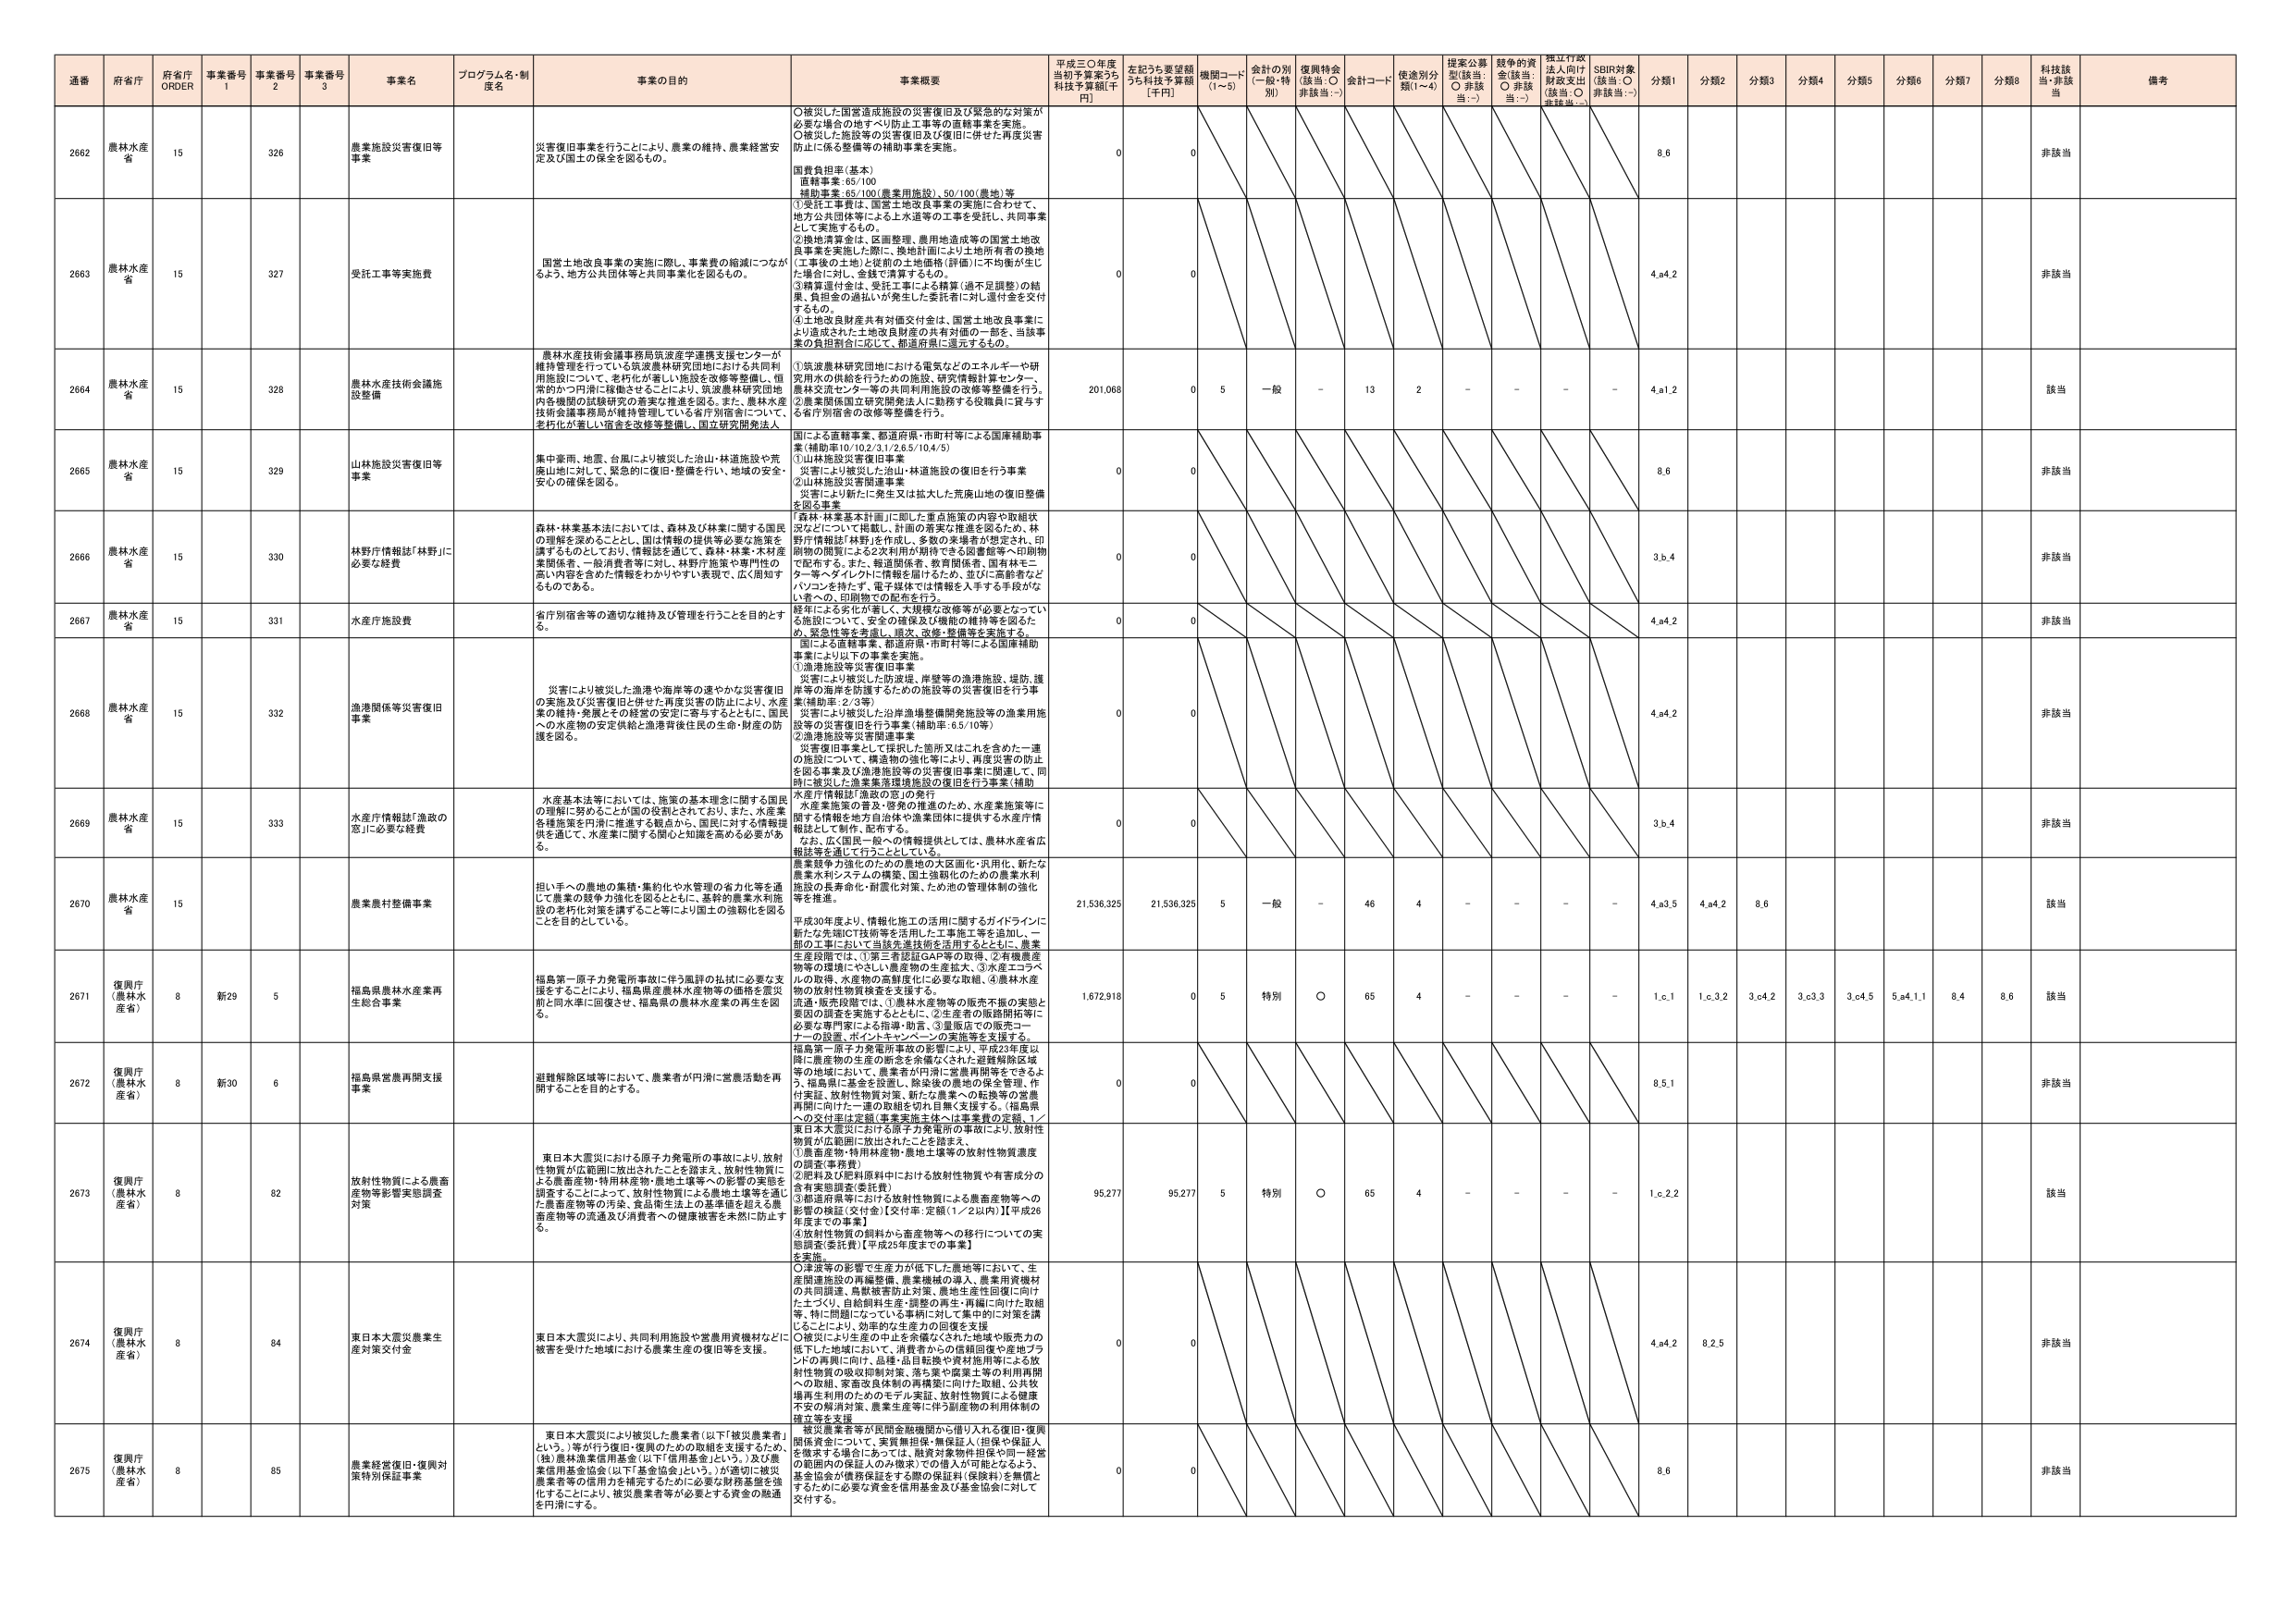
通番 府省庁 府省庁 ORDER 事業番号 1 事業番号 2 事業番号 3 事業名 プログラム名・制度名 事業の目的 事業概要 平成三〇年度 当初予算案うち 科技予算額[千円] 左記うち要望額 うち科技予算額 [千円] 機関コード (1~5) 会計の別 (一般・特別) 復興特会 (該当:○ 非該当:－) 会計コード 使途別分類(1~4) 提案公募型(該当:○ 非該当:－) 競争的資金(該当:○ 非該当:－) 指定行政法人向け財政支出(該当:○ 非該当:－) SDBR対象(該当:○ 非該当:－) 分類1 分類2 分類3 分類4 分類5 分類6 分類7 分類8 科技該当 備考

2662 農林水産省 15 326 農業施設災害復旧等事業 災害復旧事業を行うことにより、農業の維持、農業経営安定及び国土の保全を図るもの。 ○被災した国営造成施設の災害復旧及び緊急的な対策が必要な場合の地すべり防止工事等の直轄事業を実施。 ○被災した施設等の災害復旧及び復旧に併せた再度災害防止に係る整備等の補助事業を実施。 国費負担率（基本） 直轄事業：65/100 補助事業：65/100（農業用施設）、50/100（農地）等 0 0 8.6 非該当

2663 農林水産省 15 327 受託工事等実施費 国営土地改良事業の実施に際し、事業費の総額につながるよう、地方公共団体等と共同事業化を図るもの。 ①受託工事費は、国営土地改良事業の実施に合わせて、地方公共団体等による上水道等の工事を受託し、共同事業として実施するもの。 ②換地清算金は、区画整理、農用地造成等の国営土地改良事業を実施した際に、換地計画により土地所有者の換地（工事後の土地）と従前の土地価格（評価）に不均衡が生じた場合に対し、金銭で清算するもの。 ③精算還付金は、受託工事による精算（過不足調整）の結果、負担金の過払いが発生した委託者に対し還付金を交付するもの。 ④土地改良財産共有対価交付金は、国営土地改良事業により造成された土地改良財産の共有対価の一部を、当該事業の負担割合に応じて、都道府県に還元するもの。 0 0 4.a4.2 非該当

2664 農林水産省 15 328 農林水産技術会議施設整備 農林水産技術会議事務局筑波産学連携支援センターが維持管理を行っている筑波農林研究団地における共同利用施設について、老朽化が著しい施設を改修等整備し、恒常的かつ円滑に稼働させることにより、筑波農林研究団地内各機関の試験研究の着実な推進を図る。また、農林水産技術会議事務局が維持管理している省庁別宿舎について、老朽化が著しい宿舎を改修等整備し、国立研究開発法人 ①筑波農林研究団地における電気などのエネルギーや研究用次の供給を行うための施設、研究情報計算センター、農林水産センター等の共同利用施設の改修等整備を行う。 ②農業関係国立研究開発法人に勤務する役職員に貸与する省庁別宿舎の改修等整備を行う。 201,068 0 5 一般 - 13 2 - - - - 4.a1.2 該当

2665 農林水産省 15 329 山林施設災害復旧等事業 集中豪雨、地震、台風により被災した治山・林道施設や荒廃山地に対して、緊急的に復旧・整備を行い、地域の安全・安心の確保を図る。 国による直轄事業、都道府県・市町村等による国庫補助事業（補助率10/10.2/3.1/2.6.5/10.4/5） ①山林施設災害復旧事業 災害により被災した治山・林道施設の復旧を行う事業 ②山林施設災害関連事業 災害により新たに発生又は拡大した荒廃山地の復旧整備を図る事業 0 0 8.6 非該当

2666 農林水産省 15 330 野野庁情報誌「林野」に必要な経費 森林・林業基本法においては、森林及び林業に関する国民の理解を深めることと、国は情報の提供等必要な施策を講ずるものとしており、情報誌を通じて、森林・林業・木材産業関係者、一般消費者等に対し、林野庁施策や専門性の高い内容を含めた情報をわかりやすく表現で、広く周知するものである。 「森林・林業基本計画」に即した重点施策の内容や取組状況などについて掲載し、計画の着実な推進を図るため、林野庁情報誌「林野」を作成し、多数の来場者が想定され、印刷物の閲覧による2次利用が期待できる図書館等へ印刷物で配布する。また、報道関係者、教育関係者、国有林モニター等・ダイレクトに情報を届けるため、並びに高齢者などパソコンを持たず、電子媒体では情報は入手する手段がない者への、印刷物での配布を行う。 0 0 3.b.4 非該当

2667 農林水産省 15 331 水産庁施設費 省庁別宿舎等の適切な維持及び管理を行うことを目的とする。 経年による劣化が著しく、大規模な改修等が必要となってい る施設について、安全の確保及び機能の維持等を図るため、更新・改修・整備等を実施する。 国による直轄事業、都道府県・市町村等による国庫補助事業により以下の事業を実施。 0 0 4.a4.2 非該当

2668 農林水産省 15 332 漁港関係等災害復旧事業 災害により被災した漁港や海岸等の速やかな災害復旧の実施及び災害復旧と併せた再度災害の防止により、水産業の維持・発展とその経営の安定に寄与するとともに、国民への水産物の安定供給と漁港背後住民の生命・財産の防護を図る。 ①漁港施設等災害復旧事業 災害により被災した防波堤、岸壁等の漁港施設、堤防、護岸等の海岸を防護するための施設等の災害復旧を行う事業（補助率：2/3等） 災害により被災した沿岸漁場整備開発施設等の漁業用施設等の災害復旧を行う事業（補助率：6.5/10等） ②漁港施設等災害関連事業 災害復旧事業として採択した箇所又はこれと含めた一連の施設について、構造物の強化等により、再度災害の防止を図る事業及び漁港施設等の災害復旧事業に関連して、同別に被災した漁業集落環境施設の復旧を行う事業（補助 0 0 4.a4.2 非該当

2669 農林水産省 15 333 水産庁情報誌「漁政の窓」に必要な経費 水産基本法等においては、施策の基本理念に関する国民の理解に努めることが国の役割とされており、また、水産業各種施策を円滑に推進する観点から、国民に対する情報提供を通じて、水産業に関する関心と知識を高める必要がある。 水産庁情報誌「漁政の窓」の発行 水産業施策の普及・啓発の推進のため、水産業施策等に関する情報を地方自治体や漁業団体に提供する水産庁情報誌として制作、配布する。 なお、広く国民一般への情報提供としては、農林水産省広報誌等を通じて行うこととしている。 0 0 3.b.4 非該当

2670 農林水産省 15 農業農村整備事業 担い手への農地の集積・集約化や水管理の省力化等を通じて農業の競争力強化を図るとともに、基幹的農業水利施設の老朽化対策を講ずること等により国土の強靭化を図ることを目的としている。 農業競争力強化のための農地の大区画化・汎用化、新たな農業水利システムの構築、国土強靭化のための農業水利施設の長寿命化・耐震化対策、ため池の管理体制の強化等を推進。 平成30年度より、情報化施工の活用に関するガイドラインに新たな先端ICT技術等を活用した工事施工等を追加し、一部の工事において当該先進技術を活用するとともに、農業生産段階では、①第三者認証GAP等の取得 ②有機農産物等の環境にやさしい農産物の生産拡大、③水産工コラベルの取得、水産物の高鮮度化に必要な取組、④農林水産物の放射性物質検査を支援する。 流通・販売段階では、①農林水産物等の販売不振の要因と要因の調査を実施するとともに、②生産者の販路開拓等に必要な専門家による指導・助言、③量販店での販売コーナーの設置、ポイントキャンペーンの実施等を支援する。 21,536,325 21,536,325 5 一般 - 46 4 - - - - 4.a3.5 4.a4.2 8.6 該当

2671 復興庁（農林水産省） 8 新29 5 福島県農林水産業再生総合事業 福島第一原子力発電所事故に伴う風評の払拭に必要な支援をすることにより、福島県産農林水産物等の価格を農災前と同水準に回復させ、福島県の農林水産業の再生を図る。 1,672,918 0 5 特別 ○ 65 4 - - - - 1.c.1 1.c.3.2 3.c4.2 3.c3.3 3.c4.5 5.a4.1.1 8.4 8.6 該当

2672 復興庁（農林水産省） 8 新30 6 福島県営農再開支援事業 避難解除区域等において、農業者が円滑に営農活動を再開することを目的とする。 福島第一原子力発電所事故の影響により、平成23年度以降に農産物の生産の断念を余儀なくされた避難解除区域等の地域において、農業者が円滑に営農再開等をできるよう、福島県に基金を設置し、除染後の農地の保全管理、作付委託、放射性物質対策、新たな農業への転換等の営農再開に向けた一連の取組を切れ目無く支援する。（福島県への交付金は定額（事業実施主体へは事業費の定額）） 0 0 8.5.1 非該当

2673 復興庁（農林水産省） 8 82 放射性物質による農畜産物等影響実態調査対策 東日本大震災における原子力発電所の事故により、放射性物質が広範囲に放出されたことを踏まえ、放射性物質による農畜産物・特用林産物・農地土壌等への影響の実態を調査することによって、放射性物質による農地土壌等を含めた農畜産物等の汚染、食品衛生法上の基準値を超える農畜産物等の流通及び消費者への健康被害を未然に防止する。 東日本大震災における原子力発電所の事故により、放射性物質が広範囲に放出されたことを踏まえ、 ①農畜産物・特用林産物・農地土壌等の放射性物質濃度の調査（事務費） ②肥料及び肥料原料中における放射性物質や有害成分の含有実態調査（委託費） ③都道府県等における放射性物質による農畜産物等への影響の検査（交付金）【交付率：定額（1／2以内）】「平成26年度までの事業」 ④放射性物質の飼料から畜産物等への移行についての実態調査（委託費）【平成25年度までの事業】 を実施。 95,277 95,277 5 特別 ○ 65 4 - - - - 1.c.2.2 該当

2674 復興庁（農林水産省） 8 84 東日本大震災農業生産対策交付金 東日本大震災により、共同利用施設や営農用資機材などに被害を受けた地域における農業生産の復旧等を支援。 ○決済等の影響で生産力が低下した農地等において、生産関連施設の再編整備、農業機械の導入、農業用資機材の共同調達、鳥獣被害防止対策、農地生産性回復に向けた土づくり、自給飼料生産・調整の再生・再編に向けた取組等、特に問題となっている事柄に対して集中的に対策を講じることにより、外来的な生産力の回復を支援 ○被災により生産の中止を余儀なくされた地域や販売の低下した地域において、消費者からの信頼回復や産地ブランドの再興に向け、品種・品目転換や資材地用等による放射性物質の吸収抑制対策、落ち葉や農業土等の利用再開への取組、家畜改良体制の再構築に向けた取組、公共牧場再生利用のためのモデル実証、放射性物質による健康不安の解消対策、農業生産者等に伴う副産物の利用体制の確立等を支援 0 0 4.a4.2 8.2.5 非該当

2675 復興庁（農林水産省） 8 85 農業経営復旧・復興対策特別保証事業 東日本大震災により被災した農業者（以下「被災農業者」という。）等が行う復旧・復興のための取組を支援するため、（案）農林漁業信用基金（以下「信用基金」という。）及び農業信用基金協会（以下「基金協会」という。）が適切に被災農業者等の信用力を補完するために必要な財務基盤を強化することにより、被災農業者等が必要とする資金の融通を円滑にする。 被災農業者等が民間金融機関から借り入れる復旧・復興関係資金について、実質無担保・無保証人（担保や保証人を要求する場合にあっては、融資対象物件担保や同一経営の範囲内の保証人のみ極めての個人が可能となるよう、基金協会が債務保証をする際の保証料（保険料）を無償とするために必要な資金を信用基金及び基金協会に対して交付する。 0 0 8.6 非該当